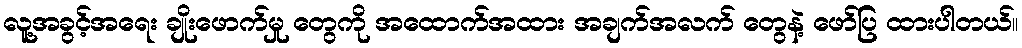
လူ့အခွင့်အရေး ချိုးဖောက်မှု တွေကို အထောက်အထား အချက်အလက် တွေနဲ့ ဖော်ပြ ထားပါတယ်။